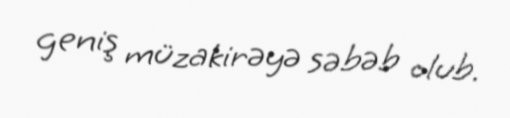
geniş müzakirəyə səbəb olub.